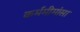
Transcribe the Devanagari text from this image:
कर्ममीमांसा